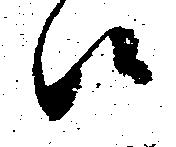
候